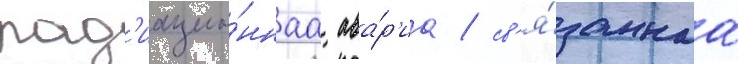
рад'иацио́ннаа ава́р'иа / св'я́заннаа